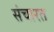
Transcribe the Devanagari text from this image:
संचारत